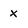
Character: X